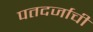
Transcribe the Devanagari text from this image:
पतदर्जाची